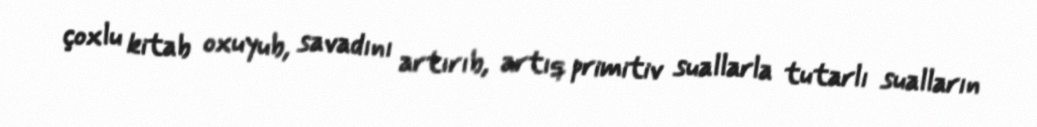
çoxlu kitab oxuyub, savadını artırıb, artıq primitiv suallarla tutarlı sualların